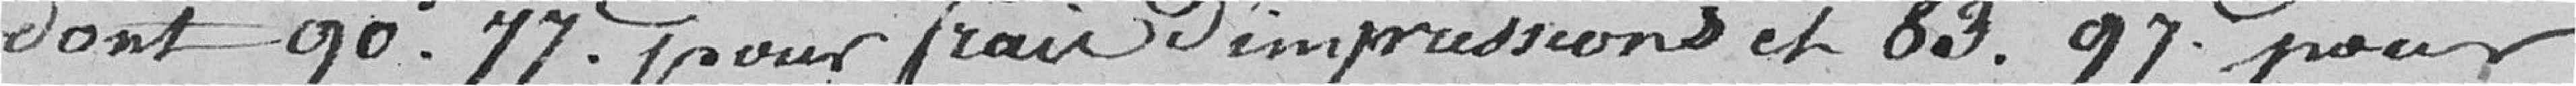
dont 90 francs 77 centimes pour frais d'impressions et 83 francs 97 centimes pour